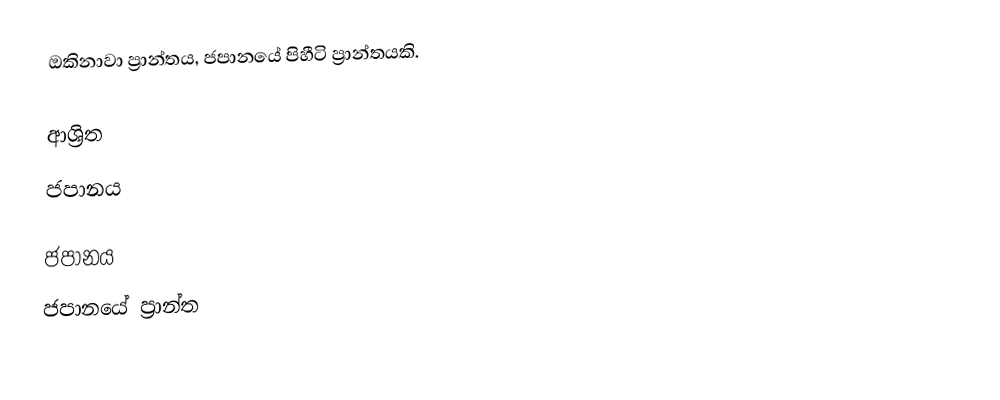
ඔකිනාවා ප්‍රාන්තය, ජපානයේ පිහීටි ප්‍රාන්තයකි.

ආශ්‍රිත
 ජපානය

ජපානය
ජපානයේ ප්‍රාන්ත